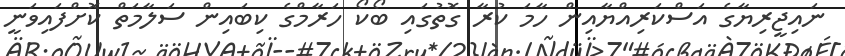
ނައިޖީރިޔާގެ އަސްކަރިއްޔާއިން ހާމަ ކުރާ ގޮތުގައި ބޯކޯ ހަރާމްގެ ކިބައިން ސަލާމަތް ކޮށްފައިވަނީ